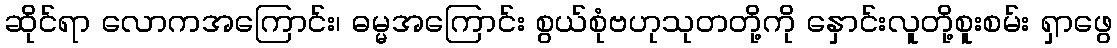
ဆိုင်ရာ လောကအကြောင်း၊ ဓမ္မအကြောင်း စွယ်စုံဗဟုသုတတို့ကို နှောင်းလူတို့စူးစမ်း ရှာဖွေ